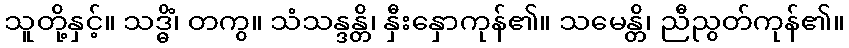
သူတို့နှင့်။ သဒ္ဓိံ၊ တကွ။ သံသန္ဒန္တိ၊ နှီးနှောကုန်၏။ သမေန္တိ၊ ညီညွတ်ကုန်၏။